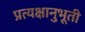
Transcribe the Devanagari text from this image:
प्रत्यक्षानुभूती